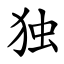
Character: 独